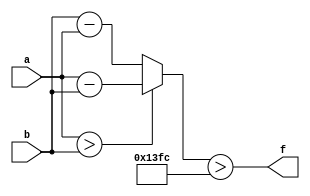
module wce_mit(a, b, f);
parameter _bit = 18;
parameter wce = 5116;
input [_bit - 1: 0] a;
input [_bit - 1: 0] b;
output f;
wire [_bit - 1: 0] diff;
assign diff = (a > b)? (a - b): (b - a);
assign f = (diff > wce);
endmodule